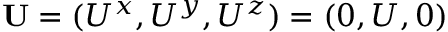
{ \bf { U } } = ( U ^ { x } , U ^ { y } , U ^ { z } ) = ( 0 , U , 0 )